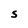
Character: S